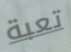
تعبة